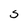
Character: S